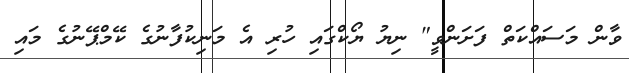
ވާން މަސައްކަތް ފަށަންވީ" ނިޔު ޔޯކްގައި ހުރި އެ މަނިކުފާނުގެ ކޭމްޕޭނުގެ މައި